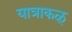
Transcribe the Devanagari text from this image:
यात्राकळ्